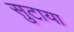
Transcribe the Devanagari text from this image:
सुटाया